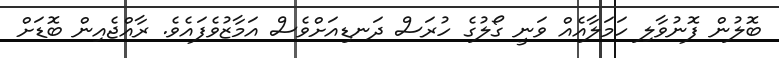
ބޮލުން ފޮނުވާލި ހަމަލާއެއް ވަނީ ގޯލުގެ ހުރަސް ދަނޑިއަށްވެސް އަމާޒުވެފައެވެ. ރާއްޖެއިން ބޮޑަށް